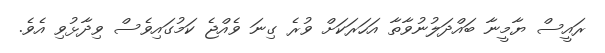
ރައީސް ޔާމީނާ ބައްދަލުނުވާތާ އަހަރަކަށް ވުރެ ގިނަ ވެއްޖެ ކަމުގައިވެސް ވިދާޅުވި އެވެ.